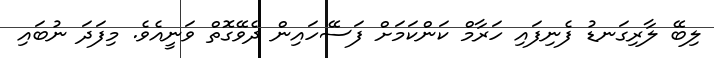
ލިބޭ ލާރިގަނޑު ފެނިފައި ހަރާމް ކަންކަމަށް ފަސޭހައިން ދެވޭގޮތް ވަނީއެވެ. މިފަދަ ނުބައި